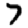
Digit: 7